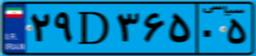
۲۹D۳۶۵۰۵